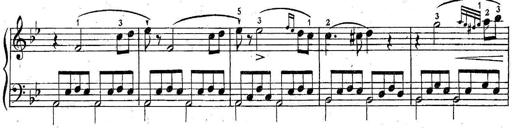
Title: 6 Easy Sonatinas
Composer: Carl Czerny